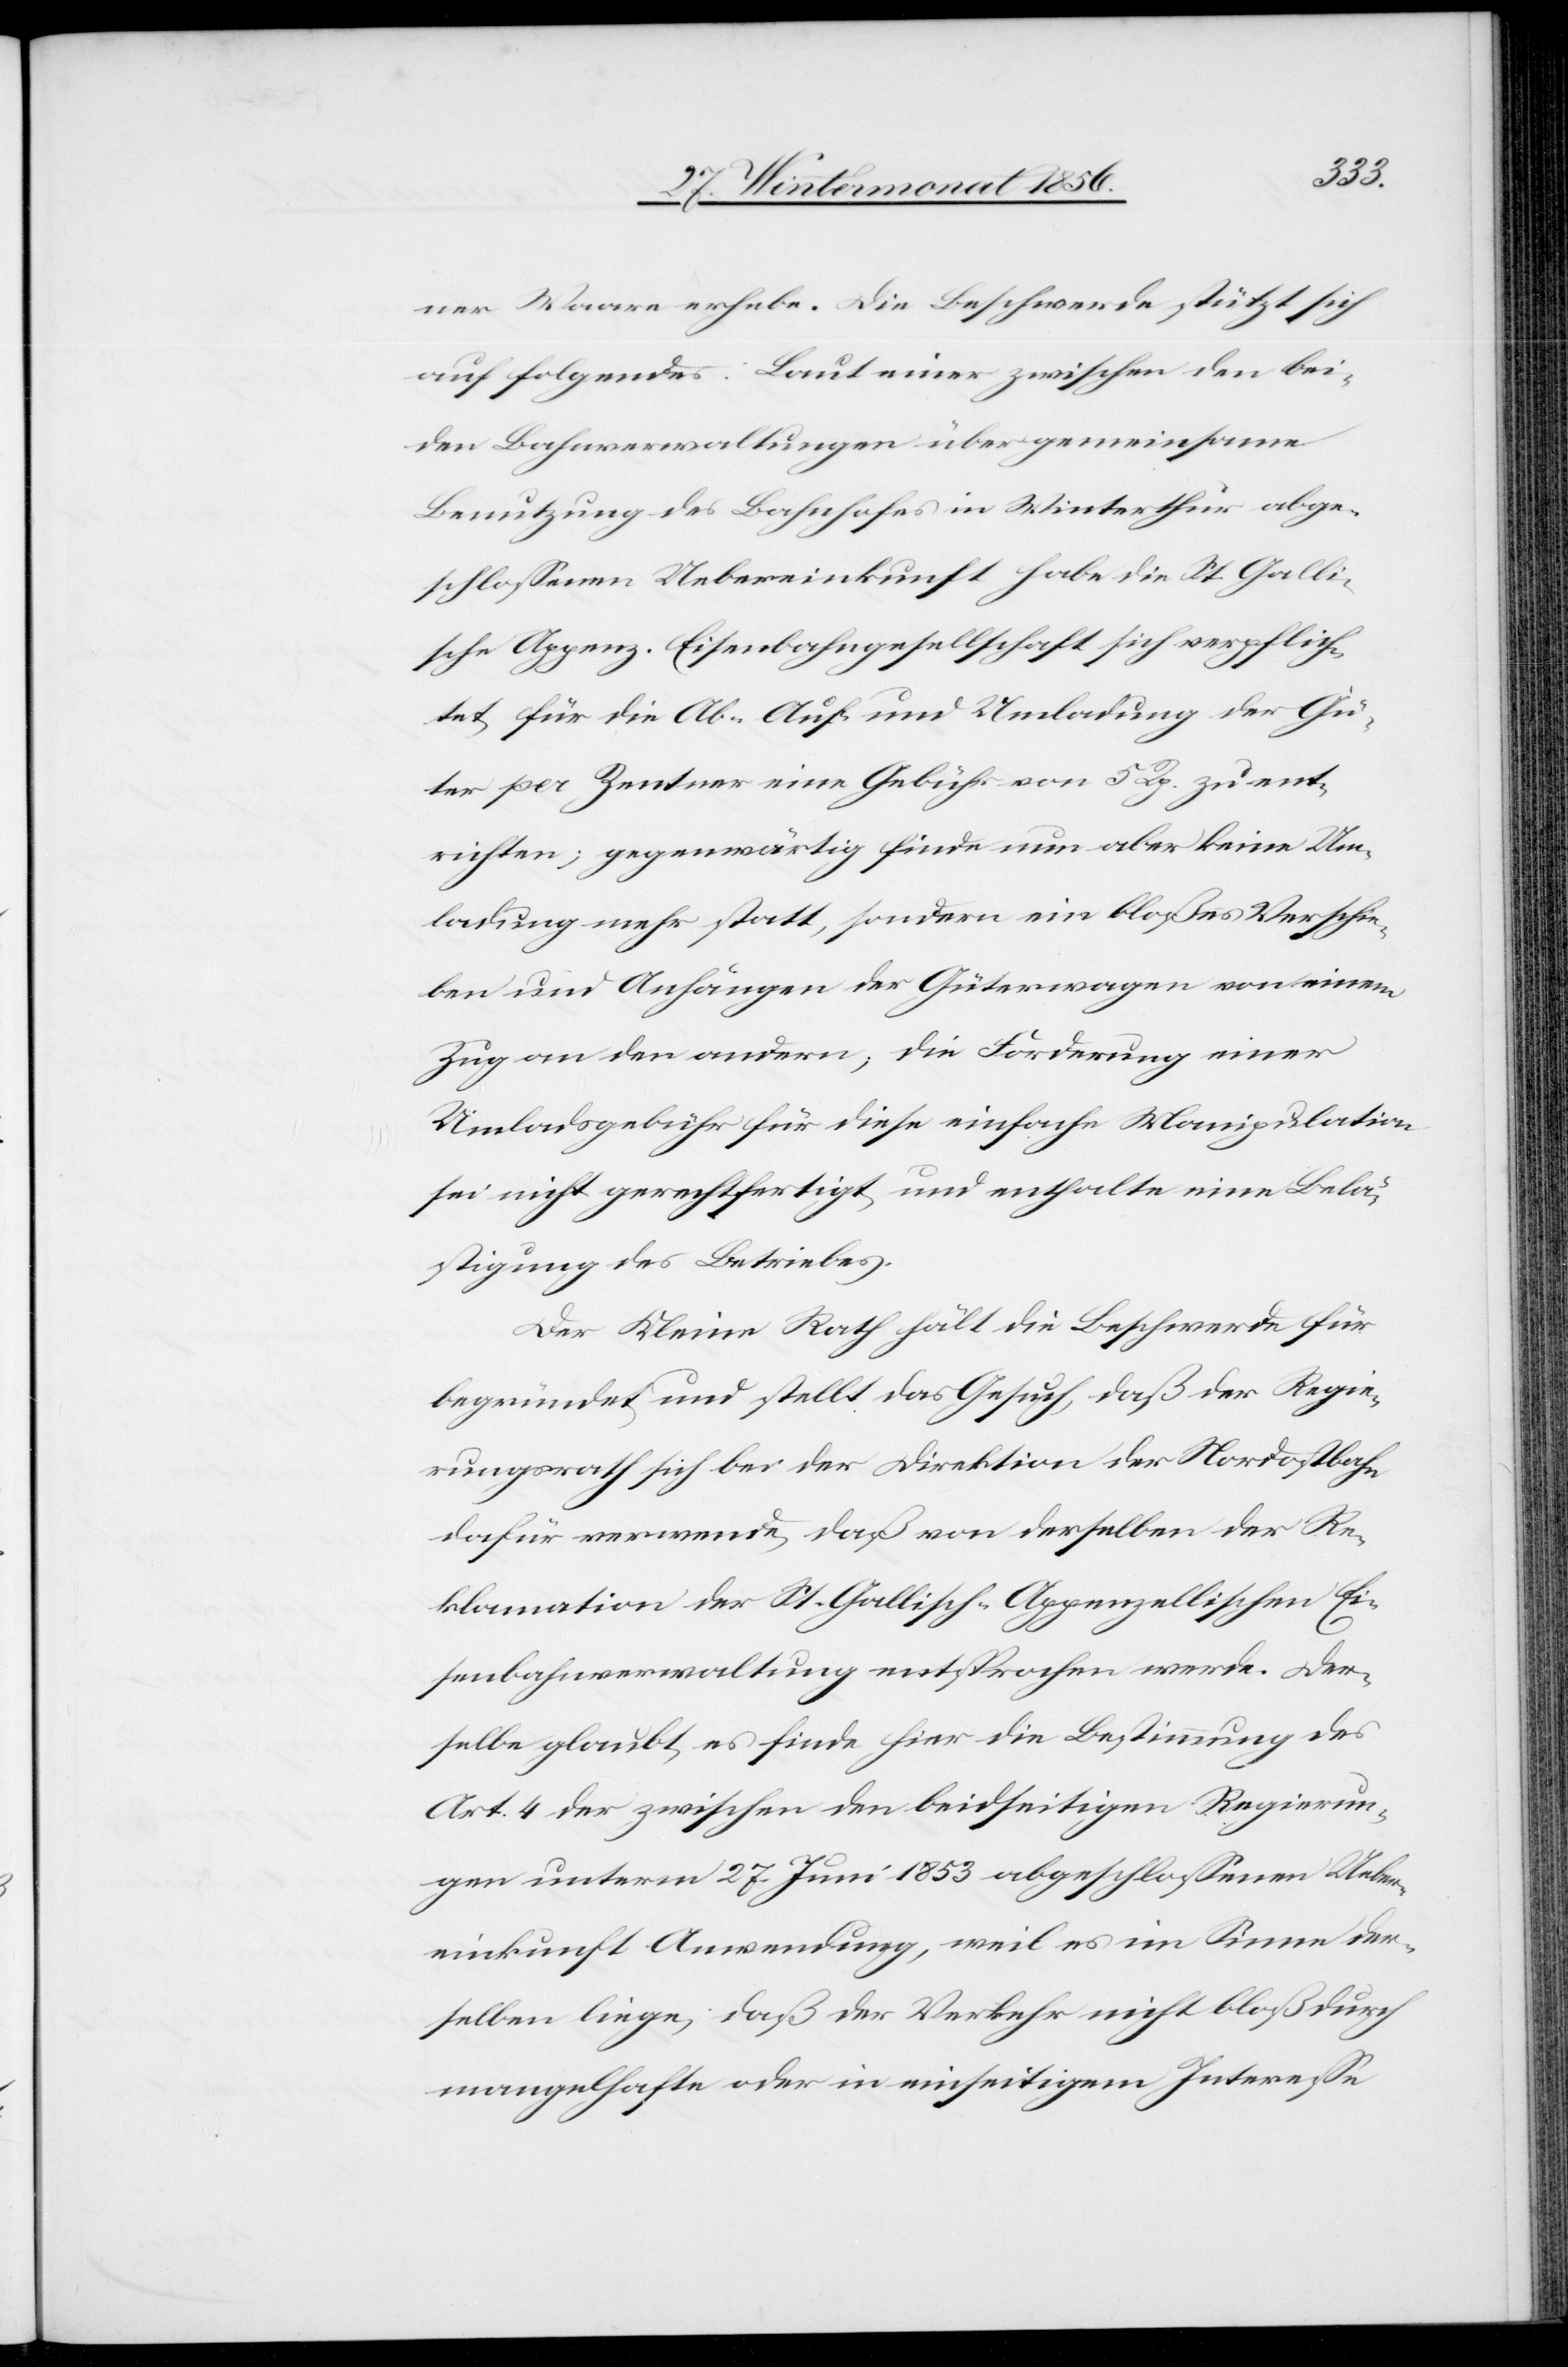
ner Waare erhebe. Die Beschwerde stützt sich
auf folgendes: Laut einer zwischen den bei¬
den Bahnverwaltungen über gemeinsame
Benutzung des Bahnhofes in Winterthur abge¬
schlossenen Uebereinkunft habe die St. Galli¬
sche Appenz. Eisenbahngesellschaft sich verpflich¬
tet für die Ab-[,] Auf- und Umladung der Gü¬
ter per Zentner eine Gebühr von 5 Rp. zu ent¬
richten; gegenwärtig finde nun aber keine Um¬
ladung mehr statt, sondern ein bloßes Verschie¬
ben und Anhängen der Güterwagen von einem
Zug an den andern; die Forderung einer
Umladsgebühr für diese einfache Manipulation
sei nicht gerechtfertigt und enthalte eine Belä¬
stigung des Betriebes.
Der Kleine Rath hält die Beschwerde für
begründet und stellt das Gesuch, daß der Regie¬
rungsrath sich bei der Direktion der Nordostbahn
dafür verwende, daß von derselben der Re¬
klamation der St. Gallisch-Appenzellischen Ei¬
senbahnverwaltung entsprochen werde. Der¬
selbe glaubt, es finde hier die Bestimmung des
Art. 4 der zwischen den beidseitigen Regierun¬
gen unterm 27. Juni 1853 abgeschlossenen Ueber¬
einkunft Anwendung, weil es im Sinne der¬
selben liege, daß der Verkehr nicht bloß durch
mangelhafte oder in einseitigem Interesse